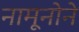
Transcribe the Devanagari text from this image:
नामूनोने